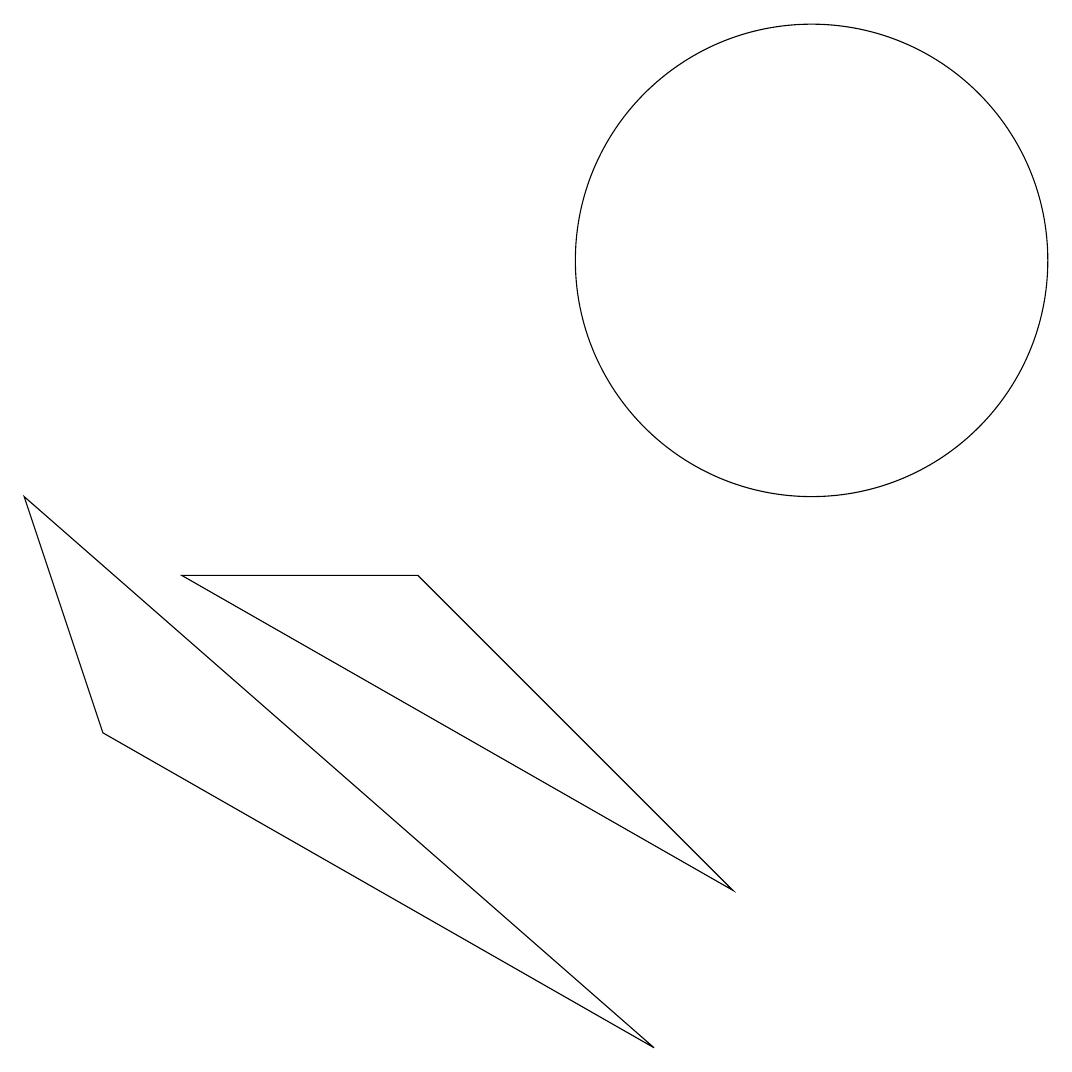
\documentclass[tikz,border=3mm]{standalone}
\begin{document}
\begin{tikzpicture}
\draw (10,11) circle (3);
\draw (1,5) -- (8,1) -- (0,8) -- cycle;
\draw (9,3) -- (5,7) -- (2,7) -- cycle;
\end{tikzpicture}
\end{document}